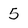
Character: 5